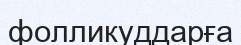
фолликуддарға